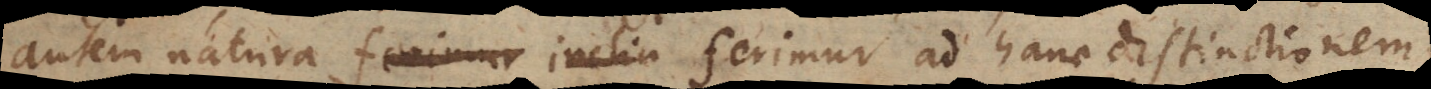
autem natura ferimur inclin ferimur ad hanc distinctionem,